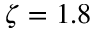
\zeta = 1 . 8